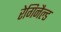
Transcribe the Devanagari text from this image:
रेगिनैल्ड